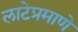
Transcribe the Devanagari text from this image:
लाटेप्रमाणे